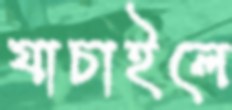
যাচাইলে